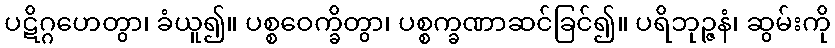
ပဋိဂ္ဂဟေတွာ၊ ခံယူ၍။ ပစ္စဝေက္ခိတွာ၊ ပစ္စက္ခဏာဆင်ခြင်၍။ ပရိဘုဉ္ဇနံ၊ ဆွမ်းကို